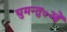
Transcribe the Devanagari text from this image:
घुमन्तु७ओं